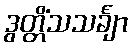
ဒွတ္တိံသသင်္ချာ